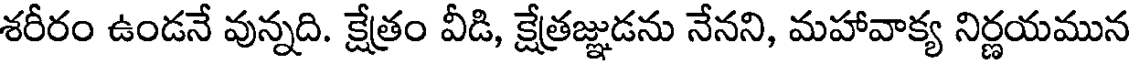
శరీరం ఉండనే వున్నది. క్షేత్రం వీడి, క్షేత్రజ్ఞుడను నేనని, మహావాక్య నిర్ణయమున